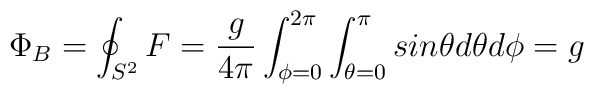
\Phi_B =\oint_{S^2} F=\frac{g}{4\pi}\int^{2\pi}_{\phi=0}\int^{\pi}_{\theta =0} sin\theta d\theta d\phi =g